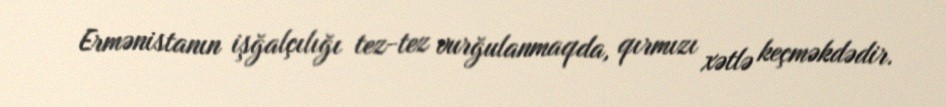
Ermənistanın işğalçılığı tez-tez vurğulanmaqda, qırmızı xətlə keçməkdədir.